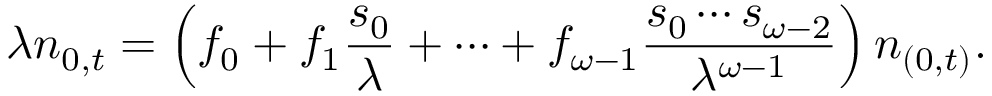
\lambda n _ { 0 , t } = \left( f _ { 0 } + f _ { 1 } { \frac { s _ { 0 } } { \lambda } } + \cdots + f _ { \omega - 1 } { \frac { s _ { 0 } \cdots s _ { \omega - 2 } } { \lambda ^ { \omega - 1 } } } \right) n _ { ( 0 , t ) } .